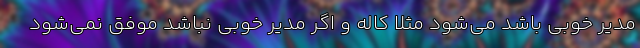
مدیر خوبی باشد می‌شود مثلا کاله و اگر مدیر خوبی نباشد موفق نمی‌شود